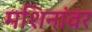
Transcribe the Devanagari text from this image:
मशिनांवर